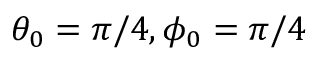
\theta _ { 0 } = \pi / 4 , \phi _ { 0 } = \pi / 4